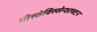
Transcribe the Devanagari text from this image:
गीस्तेविस्सेन्शाफ्टन